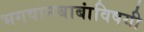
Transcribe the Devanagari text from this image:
भगवानबाबांविषयी